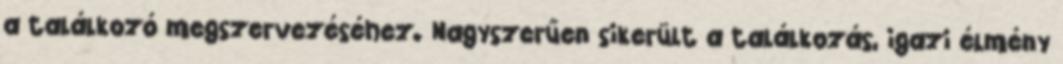
a találkozó megszervezéséhez. Nagyszerűen sikerült a találkozás, igazi élmény